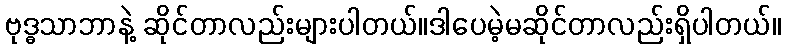
ဗုဒ္ဓသာဘာနဲ့ ဆိုင်တာလည်းများပါတယ်။ဒါပေမဲ့မဆိုင်တာလည်းရှိပါတယ်။